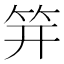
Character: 笄